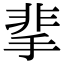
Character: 𩇮